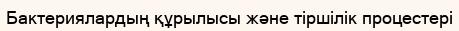
Бактериялардың құрылысы және тіршілік процестері